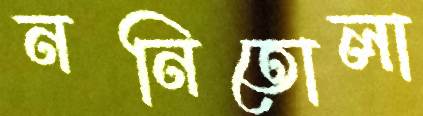
ননিতোলা